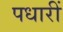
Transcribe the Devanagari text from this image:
पधारीं